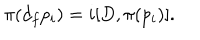
LaTeX: \pi ( d _ { f } p _ { i } ) = i [ D , \pi ( p _ { i } ) ] .